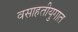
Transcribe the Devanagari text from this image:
वसाहतीयुगात